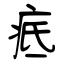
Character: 疷